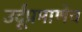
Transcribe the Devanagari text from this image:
उर्दूप्रमाणेच